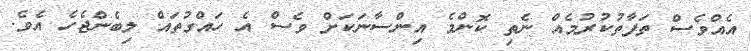
އެއްވެސް ތަފާތުކުރުމެއް ނެތި ކޮންމެ އިންސާނަކަށް ވެސް އެ ހައްގުތައް ލިބެންޖެހެ އެވެ.